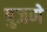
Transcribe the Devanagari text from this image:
पुजणे